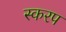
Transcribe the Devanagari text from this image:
स्करप